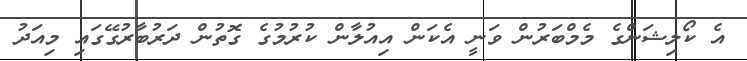
އެ ކޯލިޝަންގެ މެމްބަރުން ވަނީ އެކަން އިއުލާން ކުރުމުގެ ގޮތުން ދަރުބާރުގޭގައި މިއަދު